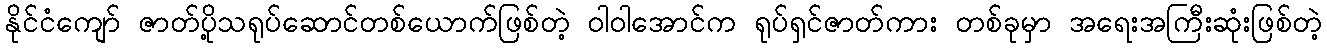
နိုင်ငံကျော် ဇာတ်ပို့သရုပ်ဆောင်တစ်ယောက်ဖြစ်တဲ့ ဝါဝါအောင်က ရုပ်ရှင်ဇာတ်ကား တစ်ခုမှာ အရေးအကြီးဆုံးဖြစ်တဲ့